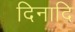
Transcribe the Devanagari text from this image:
दिनादि